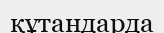
құтандарда